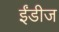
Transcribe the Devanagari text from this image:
ईंडीज